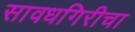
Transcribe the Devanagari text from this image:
सावधगिरीचा